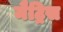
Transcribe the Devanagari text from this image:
मैट्रिस